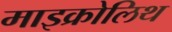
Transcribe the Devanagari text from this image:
माइक्रोलिथ